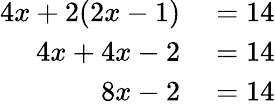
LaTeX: \begin{array}{rl}{4x+2(2x-1)}&{{}=14}\\ {4x+4x-2}&{{}=14}\\ {8x-2}&{{}=14}\end{array}